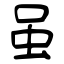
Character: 虽